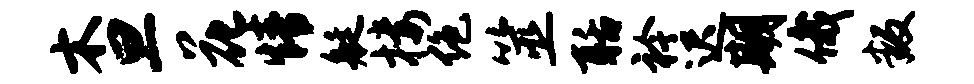
木旦花情艇楼绝筮聒衿迟期俄叛